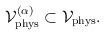
LaTeX: \begin{align*}{\cal V}_{\rm phys}^{(\alpha)} \subset {\cal V}_{\rm phys}. \end{align*}